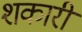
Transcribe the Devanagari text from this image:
शकारी